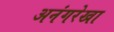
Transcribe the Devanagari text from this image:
अनंगरेखा